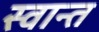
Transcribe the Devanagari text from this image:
स्वान्त